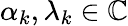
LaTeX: \alpha_{k},\lambda_{k}\in\mathbb{C}